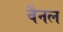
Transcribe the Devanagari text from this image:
वैनल